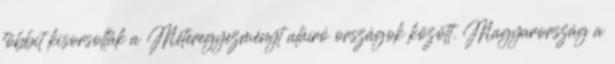
többit kisorsolták a Méteregyezményt aláíró országok között. Magyarország a